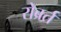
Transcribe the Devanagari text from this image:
रोब्रर्त